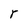
Character: r